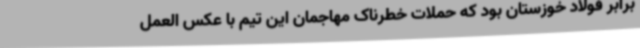
برابر فولاد خوزستان بود که حملات خطرناک مهاجمان این تیم با عکس العمل